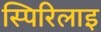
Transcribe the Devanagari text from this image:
स्पिरिलाइ